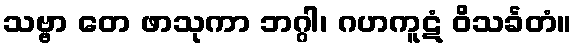
သဗ္ဗာ တေ ဖာသုကာ ဘဂ္ဂါ၊ ဂဟကူဋံ ဝိသင်္ခတံ။